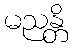
မညန္တိ